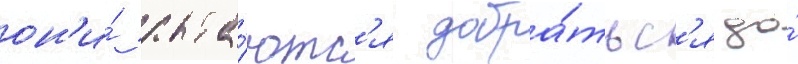
он'и́ пыта́ютс'я добра́тьс'я до́